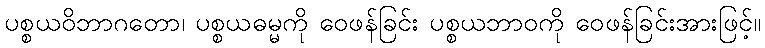
ပစ္စယဝိဘာဂတော၊ ပစ္စယဓမ္မကို ဝေဖန်ခြင်း ပစ္စယဘာဝကို ဝေဖန်ခြင်းအားဖြင့်။